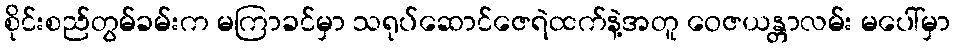
စိုင်းစည်တွမ်ခမ်းက မကြာခင်မှာ သရုပ်ဆောင်ဇေရဲထက်နဲ့အတူ ဝေဇယန္တာလမ်း မပေါ်မှာ